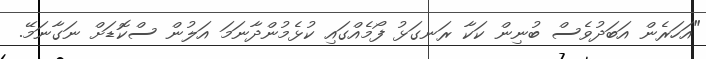
"އަހަރެން އަބަދުވެސް ބުނިން ކަކާ ރަނގަޅު ފޯމެއްގައި ކުޅެމުންދާނަމަ އަލުން ސްކޮޑަށް ނަގާނަމޭ.